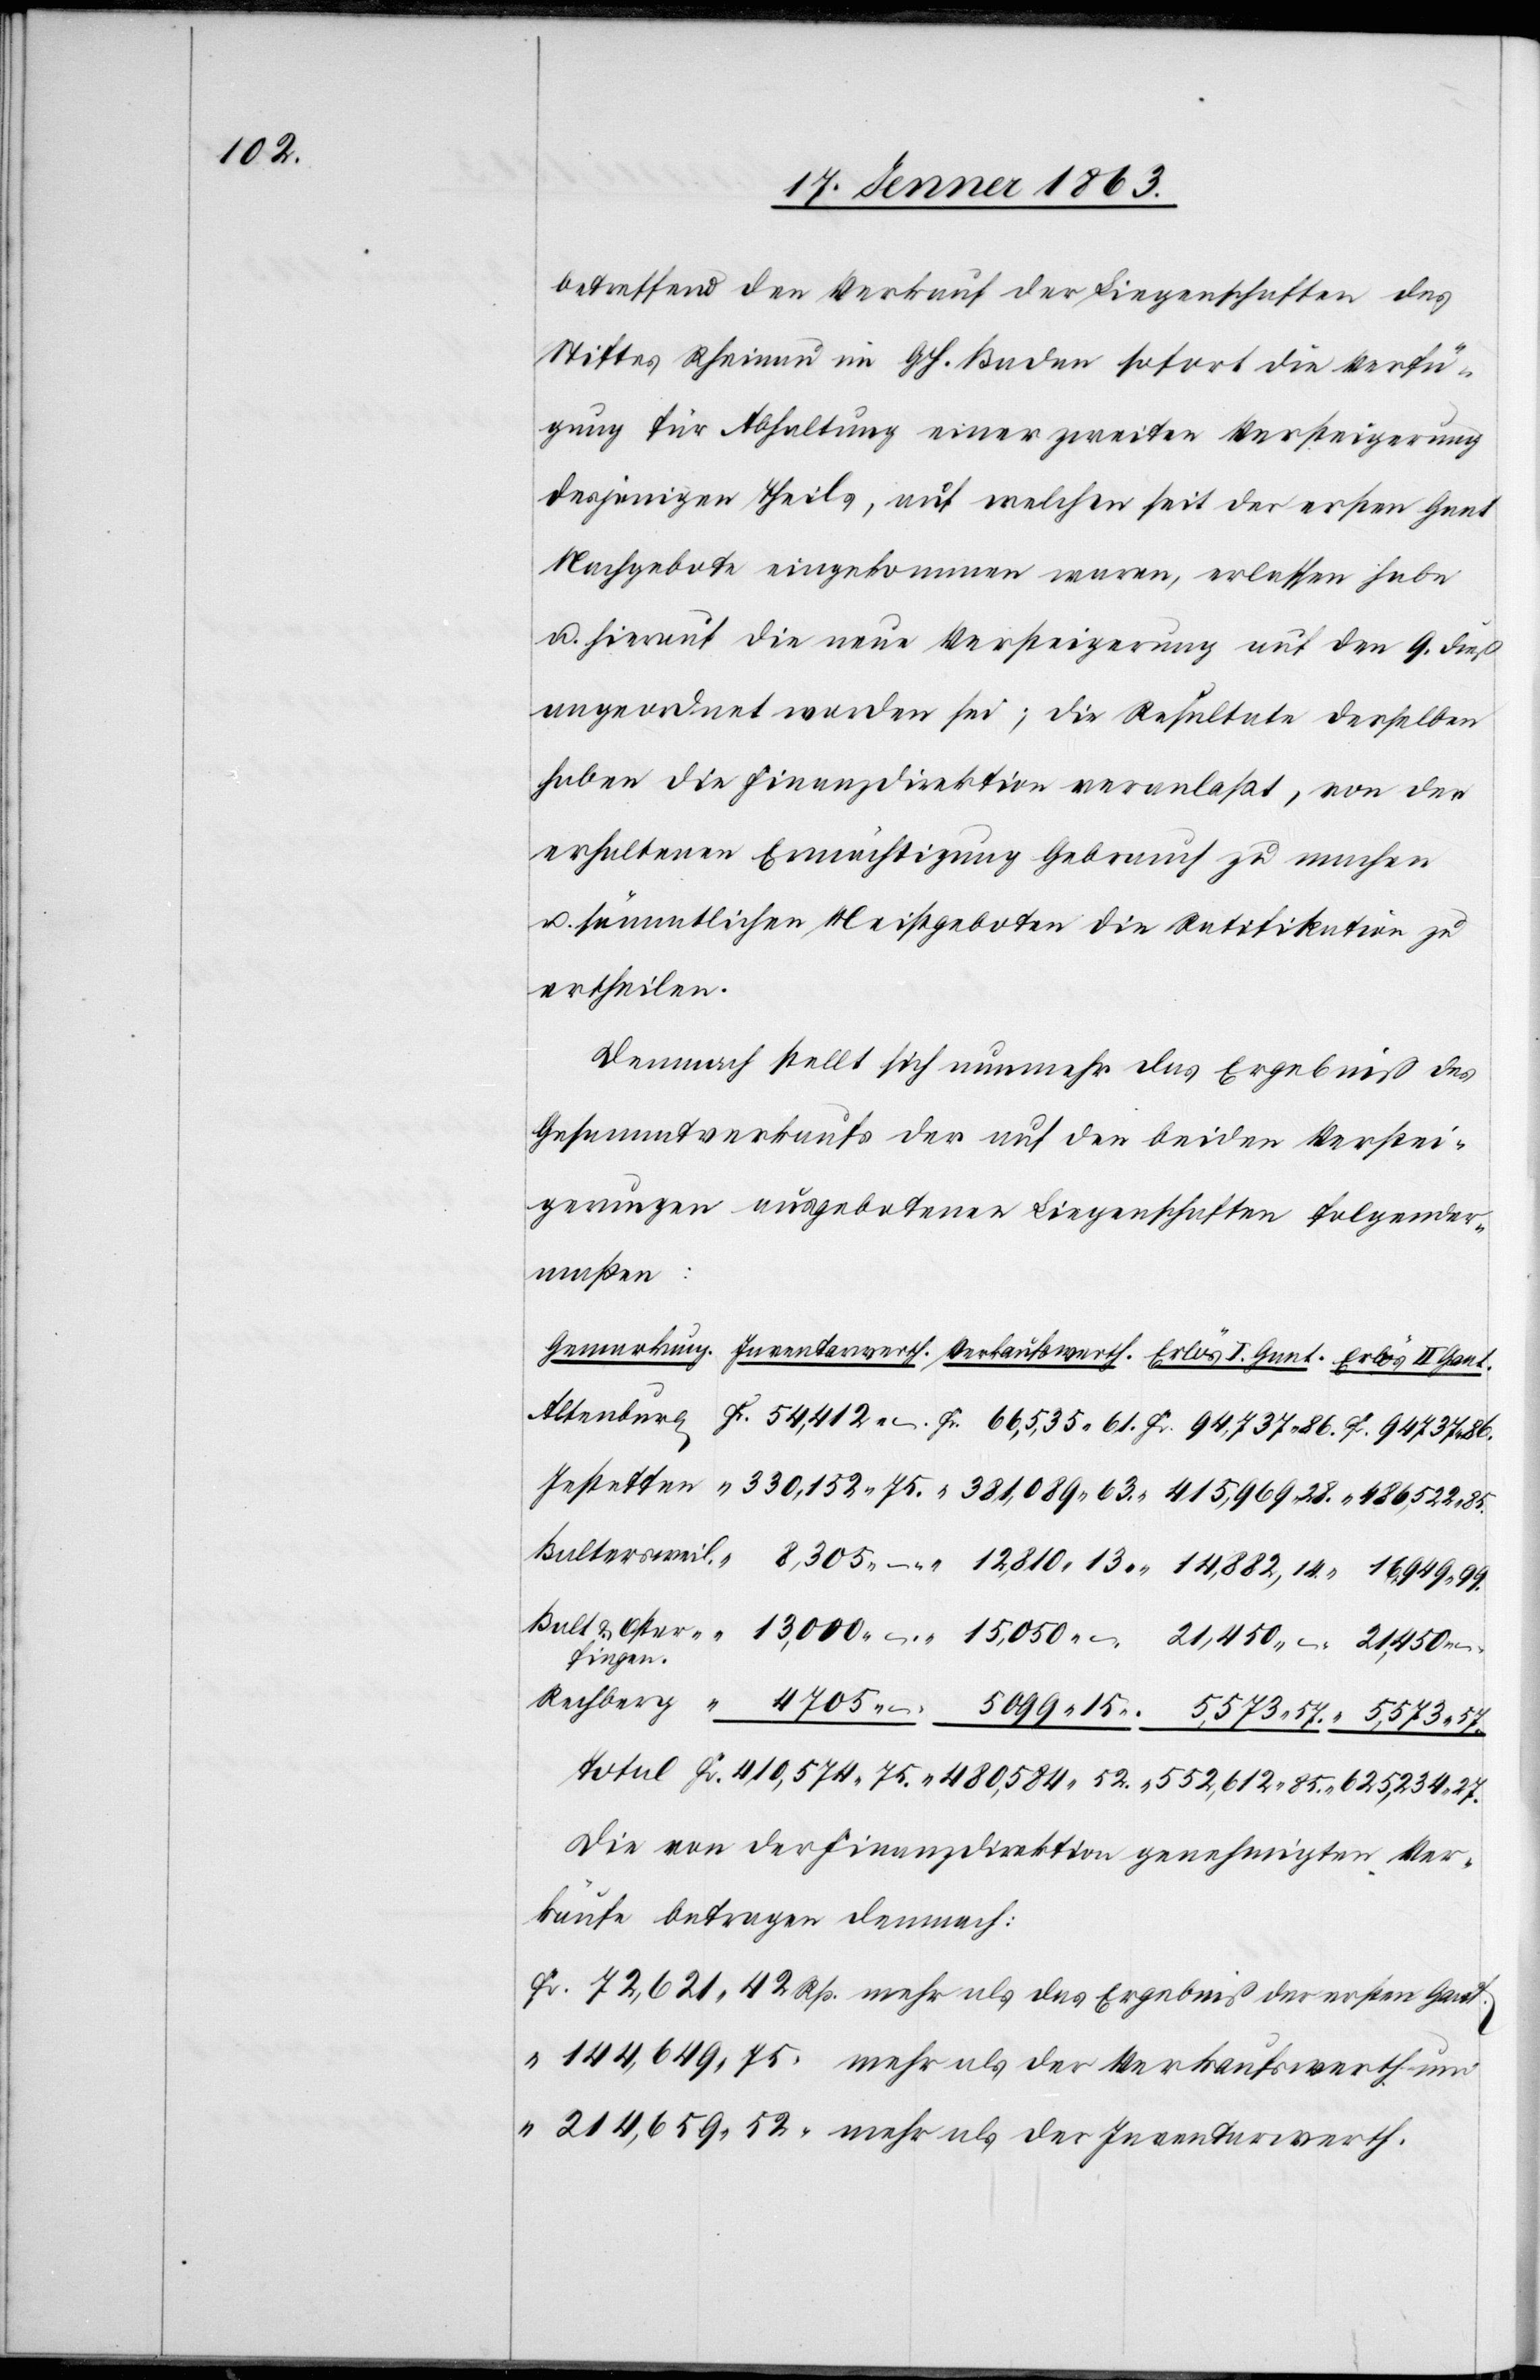
14.

betreffend den Verkauf der Liegenschaften des
Stiftes Rheinau im GH. Baden sofort die Verfü¬
gung für Abhaltung einer zweiten Versteigerung
desjenigen Theils, auf welchen seit der ersten Gant
Nachgebote eingekommen waren, erlassen habe
u. hierauf die neue Versteigerung auf den 9. dieß
angeordnet worden sei; die Resultate desselben
haben die Finanzdirektion veranlaßt, von der
erhaltenen Ermächtigung Gebrauch zu machen
u. sämmtlichen Meistgeboten die Ratifikation zu
ertheilen.
Demnach stellt sich nunmehr das Ergebniß des
Gesammtverkaufs der auf den beiden Verstei¬
gerungen ausgebotenen Liegenschaften folgender¬
maßen:
Die von der Finanzdirektion genehmigten Ver¬
käufe betragen demnach:
Fr. 72,621. 42 Rp. mehr als das Ergebniß der ersten Gant.
“ 144,649. 75 “ mehr als der Verkaufswerth und
“ 214,659. 52 “ mehr als der Inventarwerth.